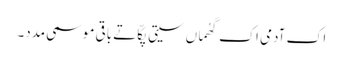
اک آدمی اک گھُماں سیتی پکّا تے باقی موسمی مدد۔